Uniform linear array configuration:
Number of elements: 16
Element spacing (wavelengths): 0.75
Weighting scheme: exponential
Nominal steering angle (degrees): -45
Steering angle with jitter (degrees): -43.174
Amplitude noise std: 0.05
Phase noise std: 0.05

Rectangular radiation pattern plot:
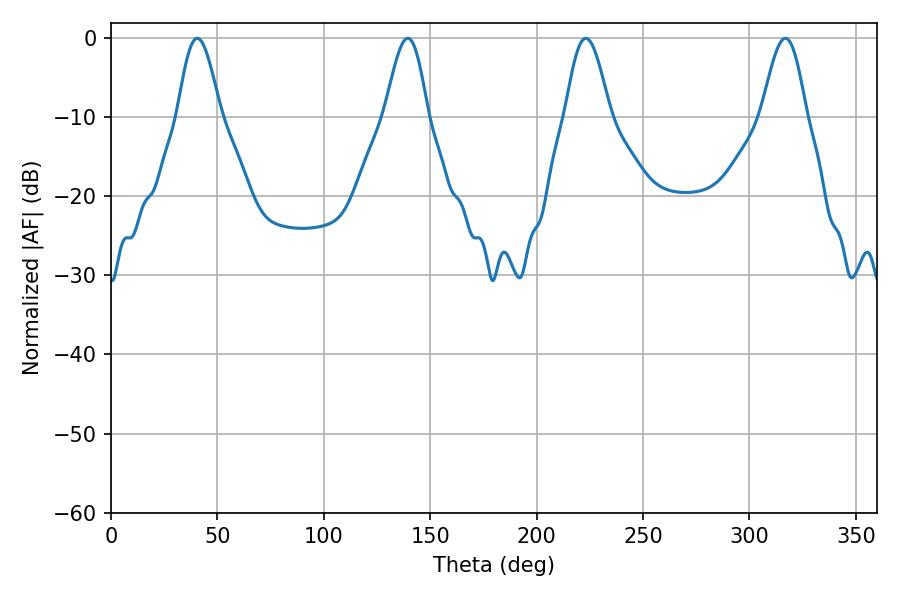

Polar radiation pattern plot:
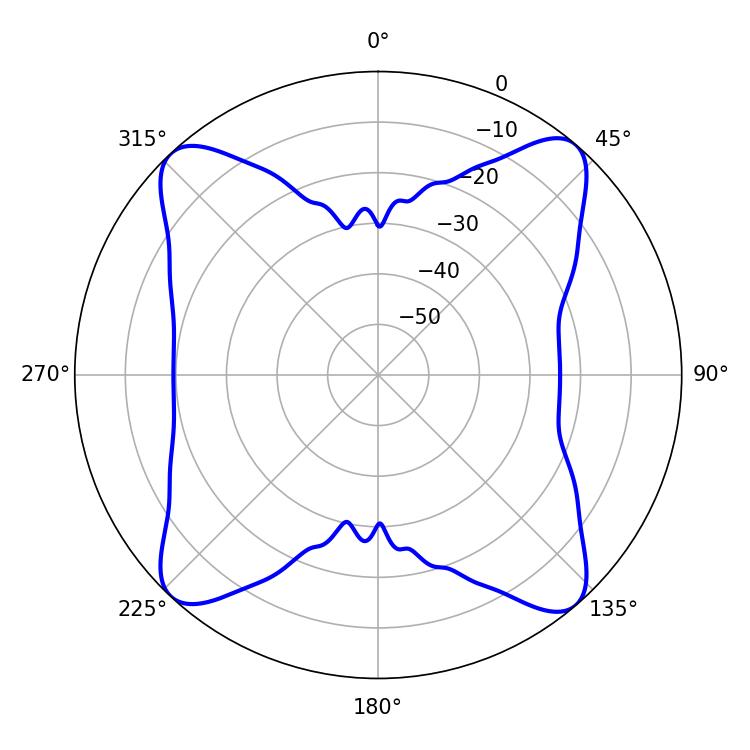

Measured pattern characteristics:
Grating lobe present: TRUE
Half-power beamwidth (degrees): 10.62
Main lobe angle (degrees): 40.5